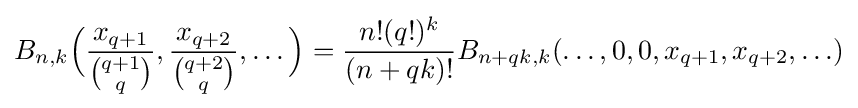
B_{n,k}{\Bigl (}{\frac {x_{q+1}}{\binom {q+1}{q}}},{\frac {x_{q+2}}{\binom {q+2}{q}}},\ldots {\Bigr )}={\frac {n!(q!)^{k}}{(n+qk)!}}B_{n+qk,k}(\ldots ,0,0,x_{q+1},x_{q+2},\ldots )